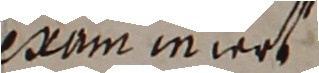
exum iniert.